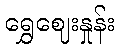
ရွှေဈေးနှုန်း